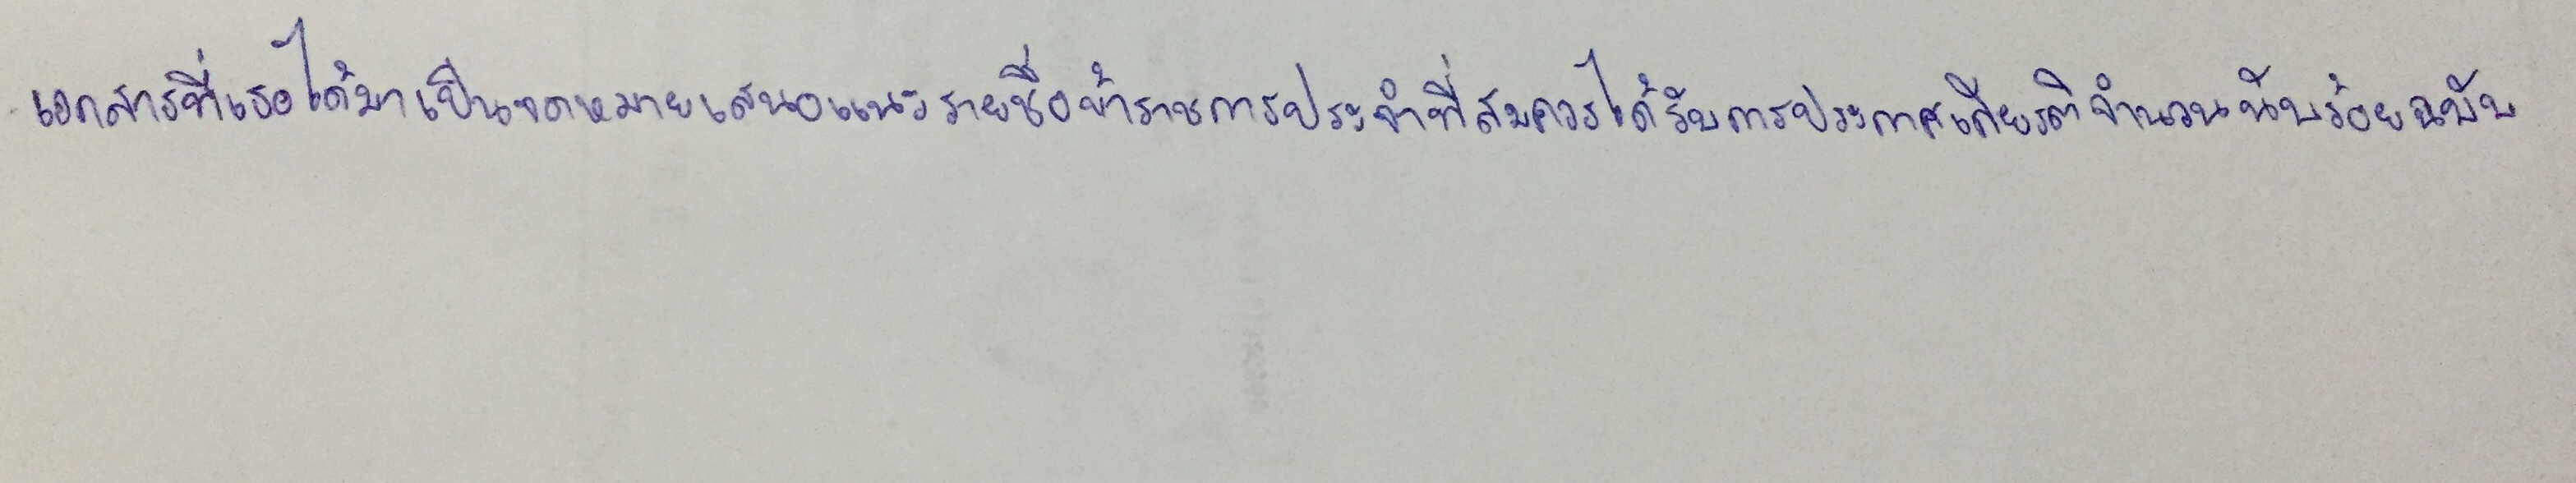
เอกสารที่เธอได้มาเป็นจดหมายเสนอแนะรายชื่อข้าราชการประจำที่สมควรได้รับการประกาศเกียรติจำนวนนับร้อยฉบับ